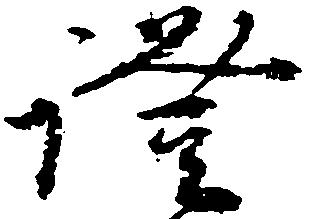
証